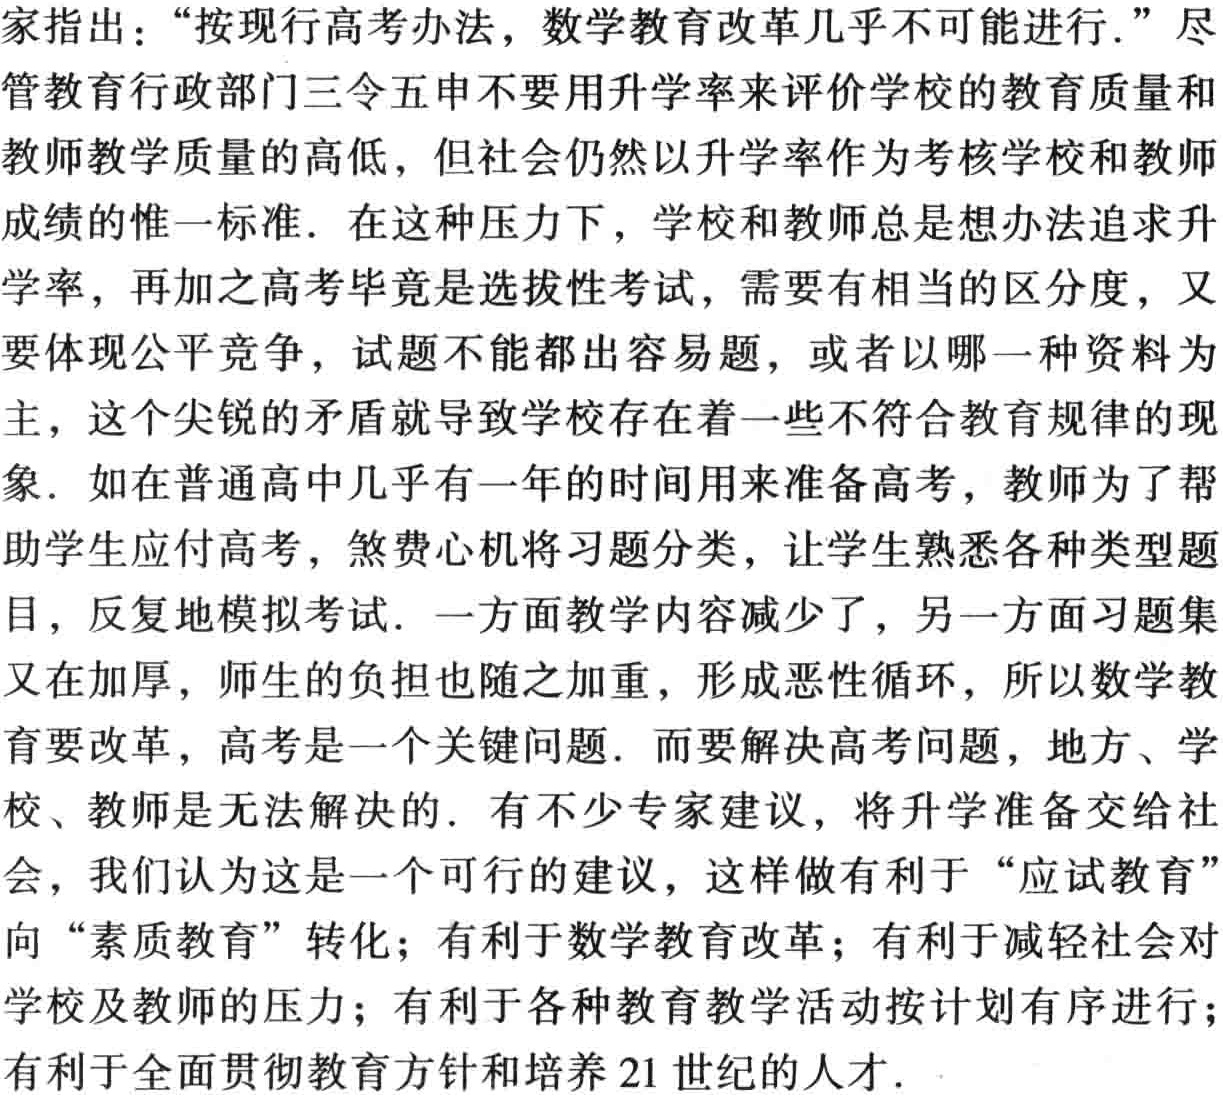
家指出：“按现行高考办法，数学教育改革几乎不可能进行.” 尽管教育行政部门三令五申不要用升学率来评价学校的教育质量和教师教学质量的高低，但社会仍然以升学率作为考核学校和教师成绩的惟一标准. 在这种压力下，学校和教师总是想办法追求升学率，再加之高考毕竟是选拔性考试，需要有相当的区分度，又要体现公平竞争，试题不能都出容易题，或者以哪一种资料为主，这个尖锐的矛盾就导致学校存在着一些不符合教育规律的现象. 如在普通高中几乎有一年的时间用来准备高考，教师为了帮助学生应付高考，煞费心机将习题分类，让学生熟悉各种类型题目，反复地模拟考试. 一方面教学内容减少了，另一方面习题集又在加厚，师生的负担也随之加重，形成恶性循环，所以数学教育要改革，高考是一个关键问题. 而要解决高考问题，地方、学校、教师是无法解决的. 有不少专家建议，将升学准备交给社会，我们认为这是一个可行的建议，这样做有利于 “应试教育” 向 “素质教育” 转化；有利于数学教育改革；有利于减轻社会对学校及教师的压力；有利于各种教育教学活动按计划有序进行；有利于全面贯彻教育方针和培养 21 世纪的人才.